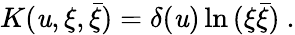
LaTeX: K(\mathit{u},\xi,\bar{{\xi}})=\delta(\mathit{u})\ln\, (\xi\bar{{\xi}})\ .